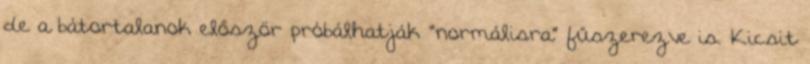
de a bátortalanok először próbálhatják “normálisra” fűszerezve is. Kicsit